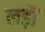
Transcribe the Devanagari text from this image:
लड़ौं